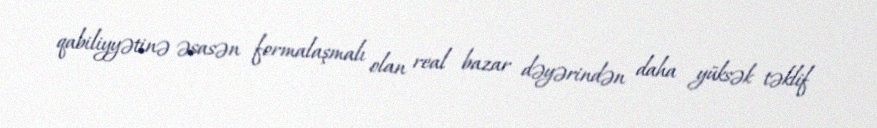
qabiliyyətinə əsasən formalaşmalı olan real bazar dəyərindən daha yüksək təklif